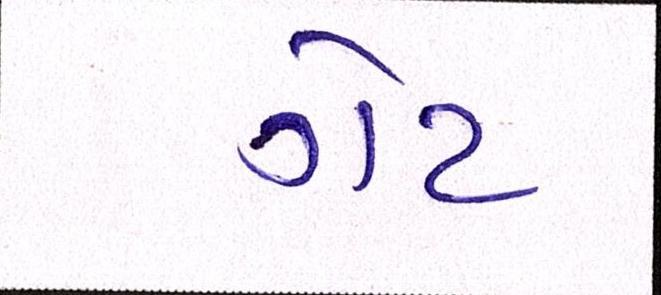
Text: ગેટ